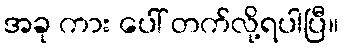
အခု ကား ပေါ် တက်လို့ရပါပြီ။